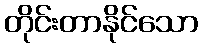
တိုင်းတာနိုင်သော